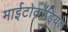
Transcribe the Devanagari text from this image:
माईटोकोंड्रियल